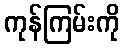
ကုန်ကြမ်းကို